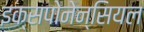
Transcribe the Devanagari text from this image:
इक्सपोनेन्सियल